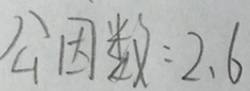
公 因 数 = 2 . 6